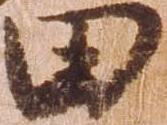
田